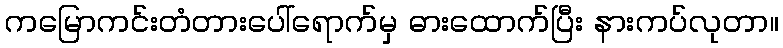
ကမြောကင်းတံတားပေါ်ရောက်မှ ဓားထောက်ပြီး နားကပ်လုတာ။